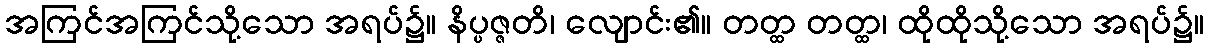
အကြင်အကြင်သို့သော အရပ်၌။ နိပ္ပဇ္ဇတိ၊ လျောင်း၏။ တတ္ထ တတ္ထ၊ ထိုထိုသို့သော အရပ်၌။